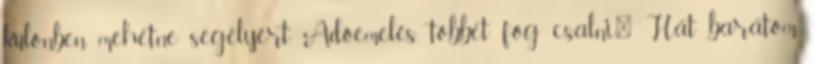
különben mehetne segélyért. Adóemelés, többet fog csalni." Hát barátom,